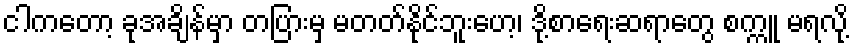
ငါကတော့ ခုအချိန်မှာ တပြားမှ မတတ်နိုင်ဘူးဟေ့၊ ဒို့စာရေးဆရာတွေ စက္ကူ မရလို့